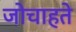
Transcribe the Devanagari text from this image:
जोचाहते